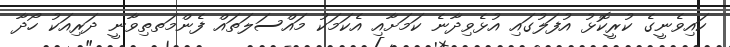
ކައިވެނީގެ ކުރީކޮޅު އުފަލުގައި އުޅެވިދާނެ ކަމަށާއި އެކަމަކު މައްސަލަތައް ފެންމަތތިވާނީ ދަރިއަކު ހޯދާ